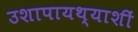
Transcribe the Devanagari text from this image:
उशापायथ्याशीं